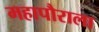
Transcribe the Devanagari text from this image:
महापौराला